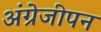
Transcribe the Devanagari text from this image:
अंग्रेजीपन